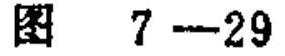
图 7--29